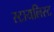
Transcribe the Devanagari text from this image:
स्टायलिस्ट